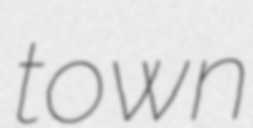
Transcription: town